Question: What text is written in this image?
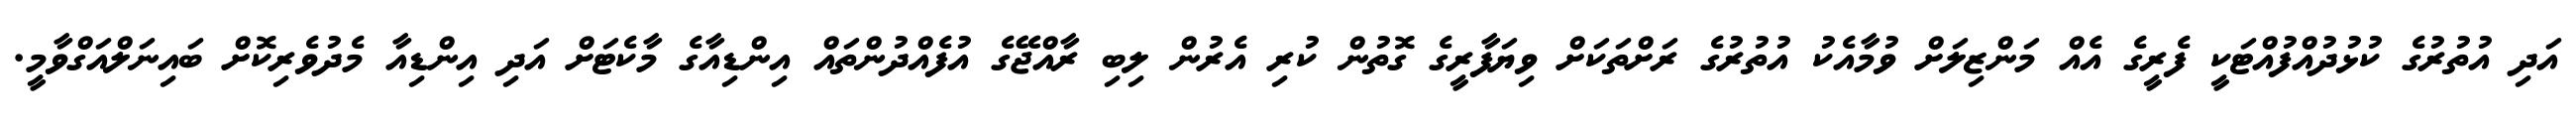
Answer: އަދި އުތުރުގެ ކުޅުދުއްފުއްޓަކީ ފެރީގެ އެއް މަންޒިލަށް ވުމާއެކު އުތުރުގެ ރަށްތަކަށް ވިޔަފާރީގެ ގޮތުން ކުރި އެރުން ލިބި ރާއްޖޭގެ އުފެއްދުންތައް އިންޑިއާގެ މާކެޓަށް އަދި އިންޑިއާ މެދުވެރިކޮށް ބައިނަލްއަގްވާމީ.